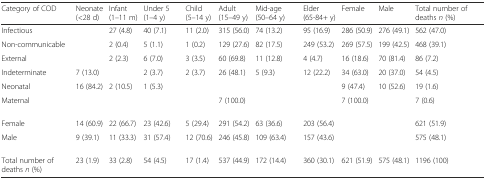
<table><thead><tr><td><b>Category of COD</b></td><td><b>Neonate (&lt;28 d)</b></td><td><b>Infant (1–11 m)</b></td><td><b>Under 5 (1–4 y)</b></td><td><b>Child (5–14 y)</b></td><td><b>Adult (15–49 y)</b></td><td><b>Mid-age (50–64 y)</b></td><td><b>Elder (65-84+ y)</b></td><td><b>Female</b></td><td><b>Male</b></td><td><b>Total number of deaths <i>n</i> (%)</b></td></tr></thead><tbody><tr><td>Infectious</td><td></td><td>27 (4.8)</td><td>40 (7.1)</td><td>11 (2.0)</td><td>315 (56.0)</td><td>74 (13.2)</td><td>95 (16.9)</td><td>286 (50.9)</td><td>276 (49.1)</td><td>562 (47.0)</td></tr><tr><td>Non-communicable</td><td></td><td>2 (0.4)</td><td>5 (1.1)</td><td>1 (0.2)</td><td>129 (27.6)</td><td>82 (17.5)</td><td>249 (53.2)</td><td>269 (57.5)</td><td>199 (42.5)</td><td>468 (39.1)</td></tr><tr><td>External</td><td></td><td>2 (2.3)</td><td>6 (7.0)</td><td>3 (3.5)</td><td>60 (69.8)</td><td>11 (12.8)</td><td>4 (4.7)</td><td>16 (18.6)</td><td>70 (81.4)</td><td>86 (7.2)</td></tr><tr><td>Indeterminate</td><td>7 (13.0)</td><td></td><td>2 (3.7)</td><td>2 (3.7)</td><td>26 (48.1)</td><td>5 (9.3)</td><td>12 (22.2)</td><td>34 (63.0)</td><td>20 (37.0)</td><td>54 (4.5)</td></tr><tr><td>Neonatal</td><td>16 (84.2)</td><td>2 (10.5)</td><td>1 (5.3)</td><td></td><td></td><td></td><td></td><td>9 (47.4)</td><td>10 (52.6)</td><td>19 (1.6)</td></tr><tr><td>Maternal</td><td></td><td></td><td></td><td></td><td>7 (100.0)</td><td></td><td></td><td>7 (100.0)</td><td></td><td>7 (0.6)</td></tr><tr><td>Female</td><td>14 (60.9)</td><td>22 (66.7)</td><td>23 (42.6)</td><td>5 (29.4)</td><td>291 (54.2)</td><td>63 (36.6)</td><td>203 (56.4)</td><td></td><td></td><td>621 (51.9)</td></tr><tr><td>Male</td><td>9 (39.1)</td><td>11 (33.3)</td><td>31 (57.4)</td><td>12 (70.6)</td><td>246 (45.8)</td><td>109 (63.4)</td><td>157 (43.6)</td><td></td><td></td><td>575 (48.1)</td></tr><tr><td>Total number of deaths <i>n</i> (%)</td><td>23 (1.9)</td><td>33 (2.8)</td><td>54 (4.5)</td><td>17 (1.4)</td><td>537 (44.9)</td><td>172 (14.4)</td><td>360 (30.1)</td><td>621 (51.9)</td><td>575 (48.1)</td><td>1196 (100)</td></tr></tbody></table>